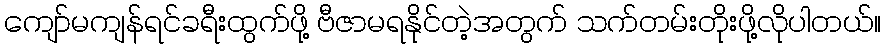
ကျော်မကျန်ရင်ခရီးထွက်ဖို့ ဗီဇာမရနိုင်တဲ့အတွက် သက်တမ်းတိုးဖို့လိုပါတယ်။